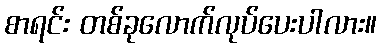
စာရင်း တစ်ခုလောက်လုပ်ပေးပါလား။